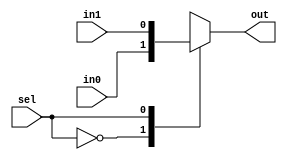
module mux_2to1(sel,in0,in1,out);
    parameter WIDTH=1;
	input sel;
	input[WIDTH-1:0] in0,in1;
	output reg[WIDTH-1:0] out;
	
	always@(*)
		case(sel)
	        1'b0: out=in0;
		    1'b1: out=in1;
	    endcase
endmodule